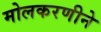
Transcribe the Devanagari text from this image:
मोलकरणीने